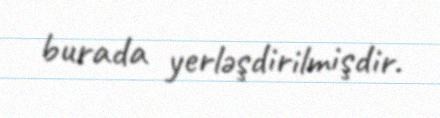
burada yerləşdirilmişdir.